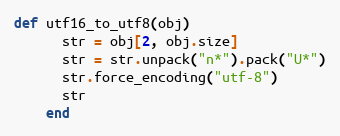
Language: Ruby
def utf16_to_utf8(obj)
      str = obj[2, obj.size]
      str = str.unpack("n*").pack("U*")
      str.force_encoding("utf-8")
      str
    end